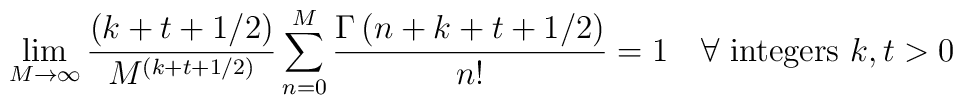
\lim_{M \rightarrow \infty} {(k+t+ 1/2) \over M^{(k+t+ 1/2)}}\sum_{n=0}^{M}  { \Gamma \left( n+k+t+ 1/2 \right) \over n!}  = 1\quad\forall \ {\rm integers} \ k, t > 0